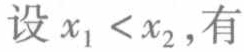
设 \(x_{1}<x_{2}\)，有